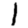
Digit: 1